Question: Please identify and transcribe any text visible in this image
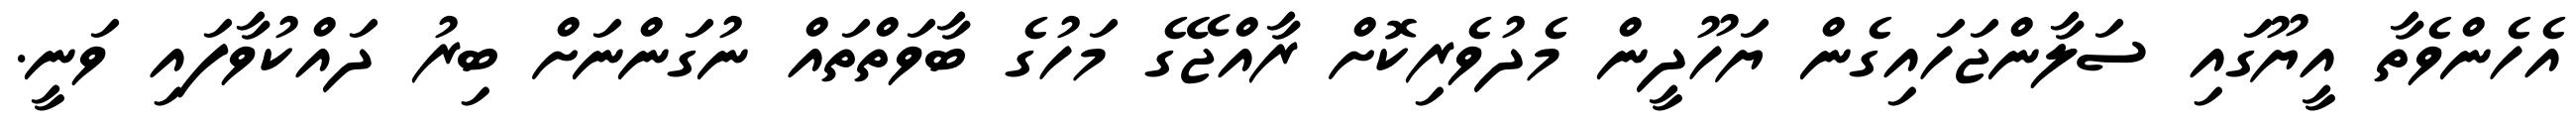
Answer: އެހެންވެތާ އީޔޫގައި ސަލާންޖަހައިގެން ޔަހޫދީން މެދުވެރިކޮށް ރާއްޖޭގެ މަހުގެ ބާވަތްތައް ނުގަންނަށް ބިރު ދައްކުވާފައި ވަނީ.